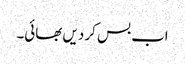
اب بس کر دیں بھائی۔